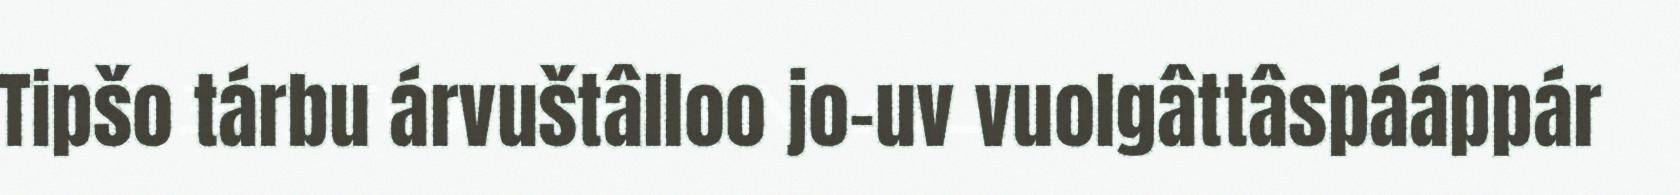
Tipšo tárbu árvuštâlloo jo-uv vuolgâttâspááppár